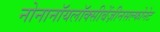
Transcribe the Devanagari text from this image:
नोनानॉयलॉक्सीबेंज़ीनसल्फोनेट